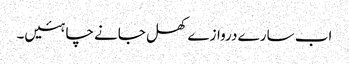
اب سارے دروازے کھل جانے چاہئیں۔